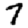
Digit: 7